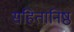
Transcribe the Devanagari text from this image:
संहितानिष्ठ